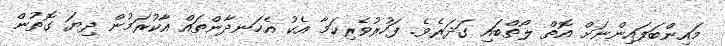
މައިންބަަފައިންނަށް އޮތް ލޯތްބައި ގަދަރެވެ. ފަހުރުވެރިކަމާ އެކު އެހަނދާންތައް އާކުރަމުން ދިޔަ ގޮތުން